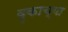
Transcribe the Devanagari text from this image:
वृकाच्या